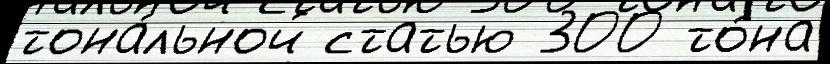
тона́льной статью 300 то́на